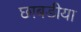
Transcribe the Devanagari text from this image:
छाबडीया